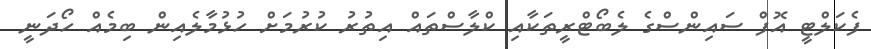
ފެކަލްޓީ އޮފް ސައިންސްގެ ލެބޯޓްރީތަކާއި ކްލާސްތައް އިތުރު ކުރުމަށް ހުޅުމާލެއިން ބިމެއް ހޯދަނީ